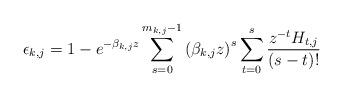
LaTeX: \begin{align*}\epsilon_{k,j}=1-e^{-\beta_{k,j}z}\sum_{s=0}^{m_{k,j}-1}{\left( \beta_{k,j}z\right) }^{s}\sum_{t=0}^{s}\frac{z^{-t}H_{t,j}}{(s-t)!} \end{align*}